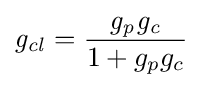
{\mathit {g_{cl}}}={\frac {\mathit {g_{p}g_{c}}}{1+g_{p}g_{c}}}